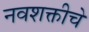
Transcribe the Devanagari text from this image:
नवशक्तीचे